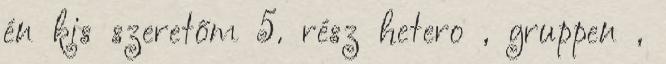
én kis szeretőm 5. rész hetero , gruppen ,